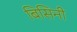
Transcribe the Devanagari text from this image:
बिसिनी